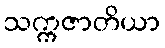
သက္ကဇာတိယာ